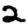
Digit: 2